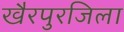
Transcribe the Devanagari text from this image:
खैरपुरजिला